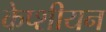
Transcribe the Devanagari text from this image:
केप्शीयन